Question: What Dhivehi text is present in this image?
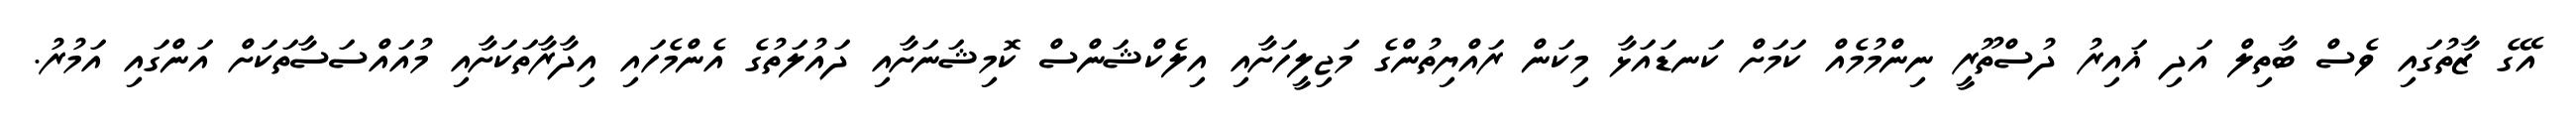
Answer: އޭގެ ޒާތުގައި ވެސް ބާތިލް އަދި ޣައިރު ދުސްތޫރީ ނިންމުމެއް ކަމަށް ކަނޑައަޅާ މިކަން ރައްޔިތުންގެ މަޖިލީހަށާއި އިލެކްޝަންސް ކޮމިޝަނަށާއި ދައުލަތުގެ އެންމެހައި އިދާރާތަކަށާއި މުއައްސަސާތަކަށް އަންގައި އަމުރު.